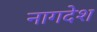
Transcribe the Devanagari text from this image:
नागदेश